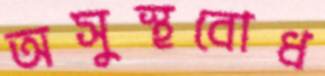
অসুস্থবোধ